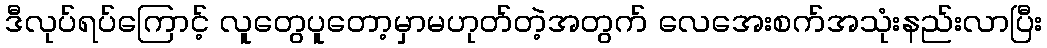
ဒီလုပ်ရပ်ကြောင့် လူတွေပူတော့မှာမဟုတ်တဲ့အတွက် လေအေးစက်အသုံးနည်းလာပြီး